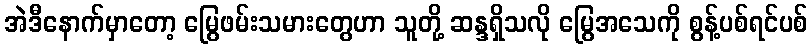
အဲဒီနောက်မှာတော့ မြွေဖမ်းသမားတွေဟာ သူတို့ ဆန္ဒရှိသလို မြွေအသေကို စွန့်ပစ်ရင်ပစ်